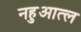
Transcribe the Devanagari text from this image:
नहुआत्ल